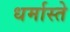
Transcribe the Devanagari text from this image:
धर्मास्ते